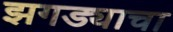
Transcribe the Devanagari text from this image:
झगड्याचा